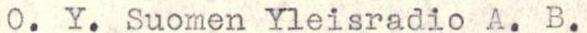
O. Y. Suomen Yleisradio A. B.